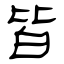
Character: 皆